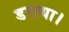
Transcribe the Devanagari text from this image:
डराया।